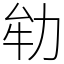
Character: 劺